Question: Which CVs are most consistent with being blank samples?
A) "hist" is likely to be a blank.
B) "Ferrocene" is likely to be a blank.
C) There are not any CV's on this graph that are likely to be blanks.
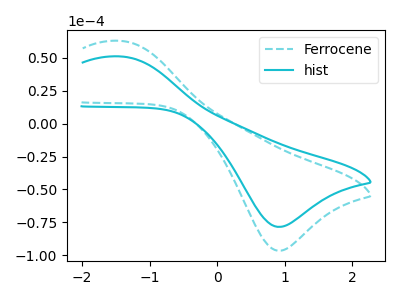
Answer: <think>The cyan dashed curve "Ferrocene" has an anodic peak at (-1.45V, 62.95uA) and a cathodic peak at (0.90V, -96.60uA). The cyan curve "hist" has an anodic peak at (-1.45V, 51.15uA) and a cathodic peak at (0.90V, -78.45uA).</think>
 <answer>C) There are not any CV's on this graph that are likely to be blanks.</answer>
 <eval>C</eval>